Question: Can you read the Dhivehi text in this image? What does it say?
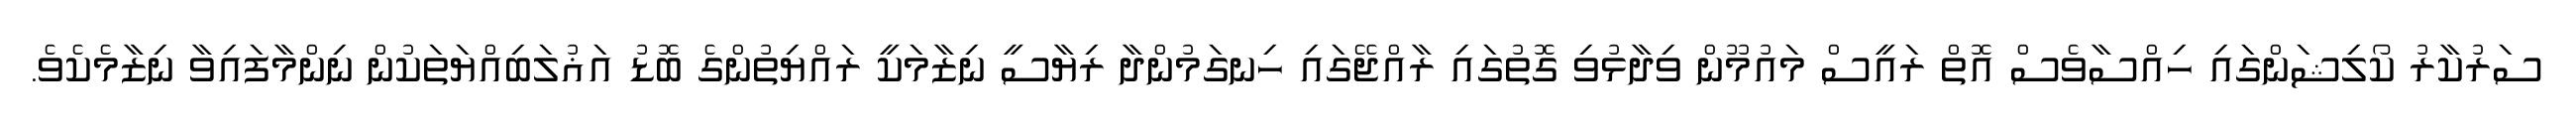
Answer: ސަރުކާރު ކޯލިޝަންގައި ހިއްސާވެސް އޮތް ރައީސް މައުމޫން ވިދާޅުވި ގޮތުގައި ރާއްޖޭގައި ހިނގަމުންދާ ރިޔާސީ ނިޒާމަކީ ރައްޔިތުންގެ ބޮޑު އަޣުލަބިއްޔަތަކުން ނިންމާފައިވާ ނިޒާމެކެވެ.